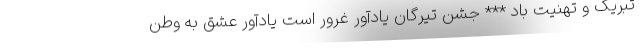
تبریک و تهنیت باد *** جشن تیرگان یادآور غرور است یادآور عشق به وطن